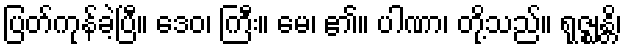
ပြတ်ကုန်ခဲ့ပြီ။ ဒေဝ၊ ကြီး။ မေ၊ ၏။ ပါဏာ၊ တို့သည်။ ရုဇ္ဈန္တိ၊